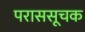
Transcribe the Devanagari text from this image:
पराससूचक